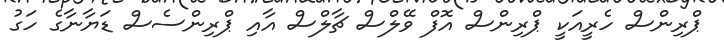
ޕްރިންސް ހެރީއަކީ ޕްރިންސް އޮފް ވޭލްސް ޗާލްސް އާއި ޕްރިންސެސް ޑަޔާނާގެ ހަގު